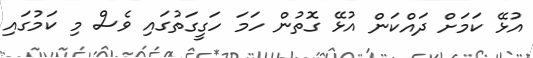
އުޅޭ ކަމަށް ދައްކަން އުޅޭ ގޮތުން ހަމަ ހަގީގަތުގައި ވެސް މި ކަމުގައި